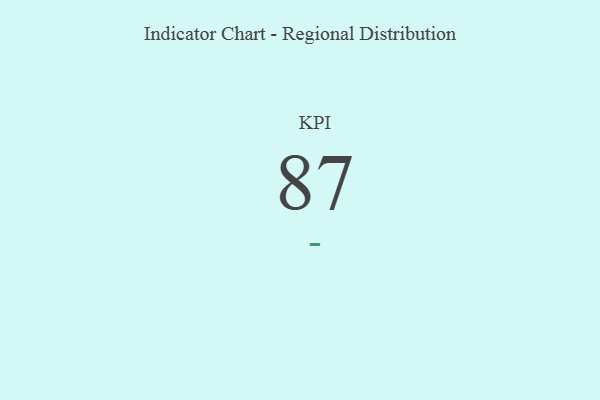
{"axis": {"x": "KPI", "y": "Value"}, "legend": [""], "data": [{"x": "KPI", "y": 87, "type": ""}]}